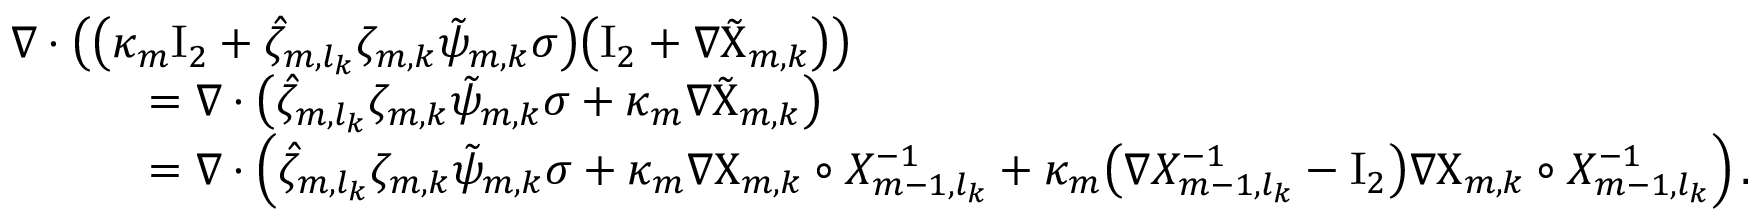
\begin{array} { r l } { \lefteqn { \nabla \cdot \bigl ( \bigl ( \kappa _ { m } \ensuremath { \mathrm { I } _ { 2 } } + \hat { \zeta } _ { m , l _ { k } } \zeta _ { m , k } \tilde { \psi } _ { m , k } \sigma \bigr ) \bigl ( \ensuremath { \mathrm { I } _ { 2 } } + \nabla \tilde { \Chi } _ { m , k } \bigr ) \bigr ) } \qquad } & { } \\ & { = \nabla \cdot \bigl ( \hat { \zeta } _ { m , l _ { k } } \zeta _ { m , k } \tilde { \psi } _ { m , k } \sigma + \kappa _ { m } \nabla \tilde { \Chi } _ { m , k } \bigr ) } \\ & { = \nabla \cdot \Bigl ( \hat { \zeta } _ { m , l _ { k } } \zeta _ { m , k } \tilde { \psi } _ { m , k } \sigma + \kappa _ { m } \nabla { \Chi } _ { m , k } \circ X _ { m - 1 , l _ { k } } ^ { - 1 } + \kappa _ { m } \bigl ( \nabla X _ { m - 1 , l _ { k } } ^ { - 1 } - \ensuremath { \mathrm { I } _ { 2 } } \bigr ) \nabla { \Chi } _ { m , k } \circ X _ { m - 1 , l _ { k } } ^ { - 1 } \Bigr ) \, . } \end{array}